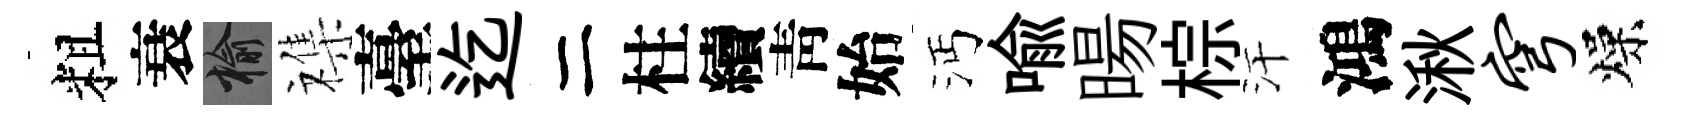
粗衰榆襍臺迄二柱續靑始沔喩暘棕汗鴻湫穹燥